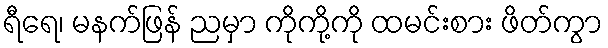
ရီရေ၊ မနက်ဖြန် ညမှာ ကိုကို့ကို ထမင်းစား ဖိတ်ကွာ